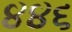
૪૪૬